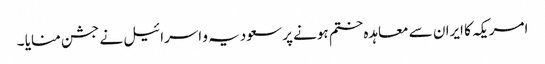
امریکہ کا ایران سے معاہدہ ختم ہونے پر سعودیہ و اسرائیل نے جشن منایا ۔